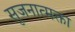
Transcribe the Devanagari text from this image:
सृजनात्मक्ता